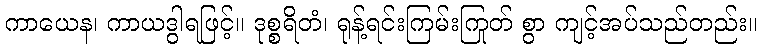
ကာယေန၊ ကာယဒွါရဖြင့်။ ဒုစ္စရိတံ၊ ရုန့်ရင်းကြမ်းကြုတ် စွာ ကျင့်အပ်သည်တည်း။